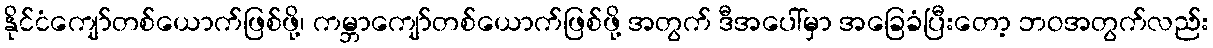
နိုင်ငံကျော်တစ်ယောက်ဖြစ်ဖို့၊ ကမ္ဘာကျော်တစ်ယောက်ဖြစ်ဖို့ အတွက် ဒီအပေါ်မှာ အခြေခံပြီးတော့ ဘဝအတွက်လည်း